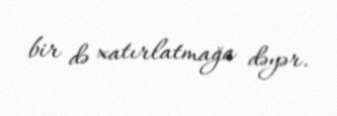
bir də xatırlatmağa dəyər.